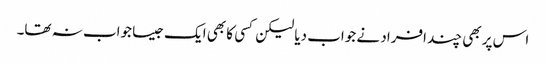
اس پر بھی چند افراد نے جواب دیا لیکن کسی کا بھی ایک جیسا جواب نہ تھا۔